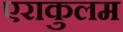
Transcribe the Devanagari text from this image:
एराकुलम